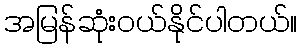
အမြန်ဆုံးဝယ်နိုင်ပါတယ်။